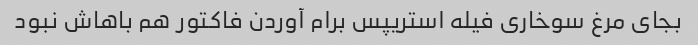
بجای مرغ سوخاری فیله استریپس برام آوردن فاکتور هم باهاش نبود